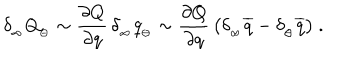
\delta _ { _ \infty } Q _ { _ { \ominus } } \sim { \frac { \partial Q } { \partial q } } \, \delta _ { _ \infty } q _ { _ { \ominus } } \sim { \frac { \partial Q } { \partial q } } \, \big ( \delta _ { _ \infty } \overline { { { q } } } - \delta _ { _ \ominus } \overline { { { q } } } \big ) \ .